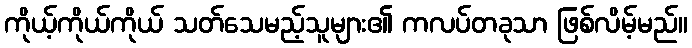
ကိုယ့်ကိုယ်ကိုယ် သတ်သေမည့်သူများ၏ ကလပ်တခုသာ ဖြစ်လိမ့်မည်။